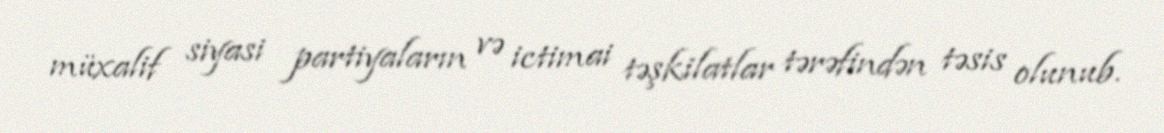
müxalif siyasi partiyaların və ictimai təşkilatlar tərəfindən təsis olunub.